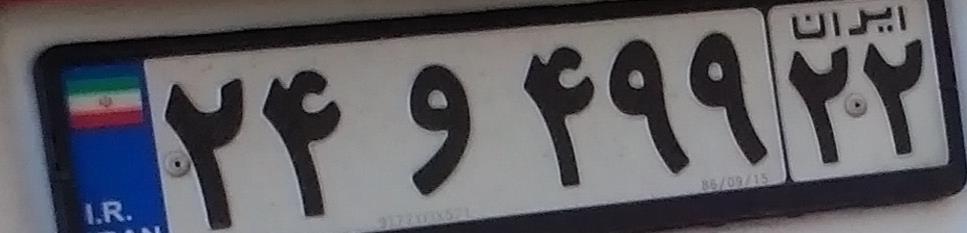
۲۴و۴۹۹۲۲